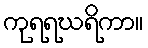
ကုရရဃရိကာ။